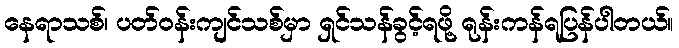
နေရာသစ်၊ ပတ်ဝန်းကျင်သစ်မှာ ရှင်သန်ခွင့်ရဖို့ ရုန်းကန်ရပြန်ပါတယ်။